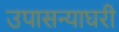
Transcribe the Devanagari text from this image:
उपासन्याघरी